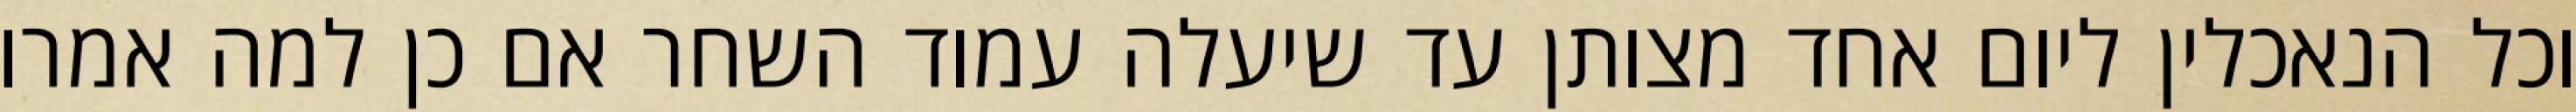
וכל הנאכלין ליום אחד מצותן עד שיעלה עמוד השחר אם כן למה אמרו